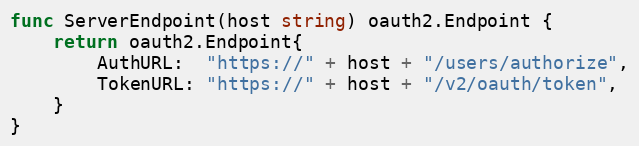
Language: Go
func ServerEndpoint(host string) oauth2.Endpoint {
	return oauth2.Endpoint{
		AuthURL:  "https://" + host + "/users/authorize",
		TokenURL: "https://" + host + "/v2/oauth/token",
	}
}